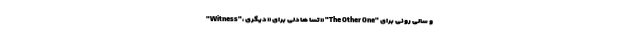
"Witness"، تسا هادلی برای «دیگری» "The Other One" و سالی رونی برای